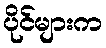
ပိုင်များက